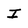
Character: I